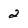
Character: 2